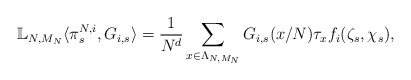
\begin{align*} \mathbb L_{N,M_N} \langle \pi_s^{N,i}, G_{i,s} \rangle = \dfrac{1}{N^{d}}\sum\limits_{x \in \Lambda_{N,M_N}} G_{i,s}(x/N) \tau_x f_i (\zeta_s,\chi_s), \end{align*}